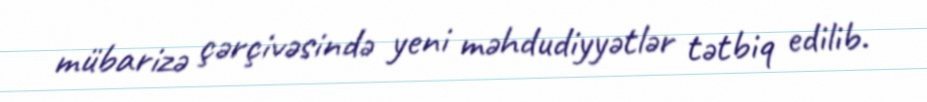
mübarizə çərçivəsində yeni məhdudiyyətlər tətbiq edilib.